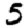
Digit: 5